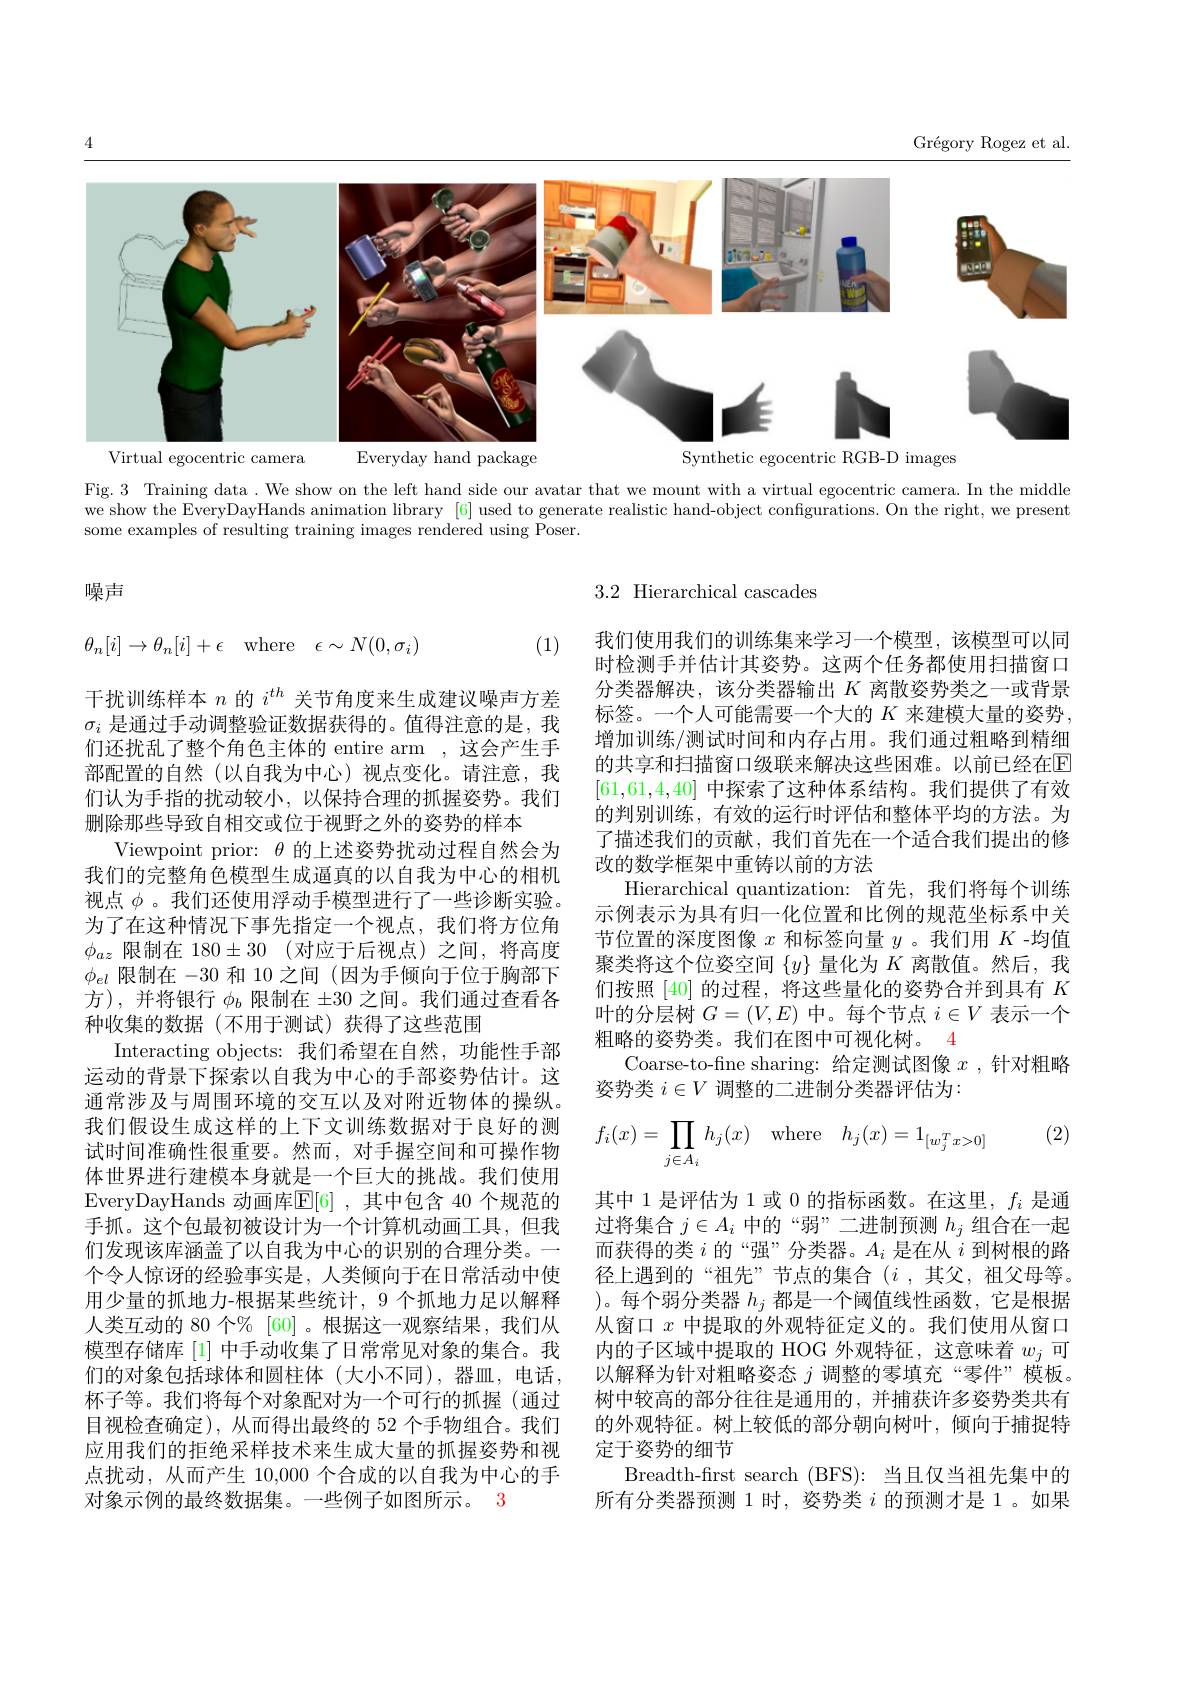
Grégory Rogez et al.

<FigureHere>
camera

Fig. 3 Training data . We show on the left hand side our avatar that we mount with a virtual egocentric camera. In the middle we show the EveryDayHands animation library [6] used to generate realistic hand-object configurations. On the right, we present some examples of resulting training images rendered using Poser.

噪声

3.2 Hierarchical cascades
$$\theta_n[i]\to\theta_n[i]+\epsilon\quad\mathrm{where}\quad\epsilon\sim N(0,\sigma_i)$$
(1)

我们使用我们的训练集来学习一个模型，该模型可以同时检测手并估计其姿势。这两个任务都使用扫描窗口分类器解决，该分类器输出$K$离散姿势类之一或背景标签。一个人可能需要一个大的$K$来建模大量的姿势， 增加训练/测试时间和内存占用。我们通过粗略到精细的共享和扫描窗口级联来解决这些困难。以前已经在$\mathbb{E}$ [61,61,4,40]中探索了这种体系结构。我们提供了有效的判别训练，有效的运行时评估和整体平均的方法。为了描述我们的贡献，我们首先在一个适合我们提出的修改的数学框架中重铸以前的方法
Hierarchical quantization: 首先，我们将每个训练示例表示为具有归一化位置和比例的规范坐标系中关节位置的深度图像$x$和标签向量$y$ 。我们用$K$ -均值聚类将这个位姿空间$\{y\}$量化为$K$离散值。然后，我们按照[40]的过程，将这些量化的姿势合并到具有$K$ 叶的分层树$G=(V,E)$中。每个节点$i\in V$表示一个粗略的姿势类。我们在图中可视化树。4
Coarse-to-fine sharing: 给定测试图像$x$ ,针对粗略
姿势类$i\in V$调整的二进制分类器评估为：
(2)
$$f_i(x)=\prod\limits_{j\in A_i}h_j(x)\quad\text{where}\quad h_j(x)=1_{[w_j^Tx>0]}$$
其中 1 是评估为 1 或 0 的指标函数。在这里，$f_i$是通过将集合$j\in A_i$中的“弱”二进制预测$h_j$组合在一起而获得的类$i$的“强”分类器。$A_i$是在从$i$到树根的路径上遇到的“祖先”节点的集合($i$ ,其父，祖父母等。)。每个弱分类器$h_j$都是一个阈值线性函数，它是根据从窗口$x$中提取的外观特征定义的。我们使用从窗口内的子区域中提取的 HOG 外观特征，这意味着$w_j$可以解释为针对粗略姿态$j$调整的零填充“零件”模板。树中较高的部分往往是通用的，并捕获许多姿势类共有的外观特征。树上较低的部分朝向树叶，倾向于捕捉特定于姿势的细节
Breadth-first search (BFS): 当且仅当祖先集中的所有分类器预测 1 时，姿势类$i$的预测才是 1。如果

干扰训练样本$n$的$i^{th}$关节角度来生成建议噪声方差$\sigma_i$是通过手动调整验证数据获得的。值得注意的是，我们还扰乱了整个角色主体的 entire arm ,这会产生手部配置的自然(以自我为中心)视点变化。请注意，我们认为手指的扰动较小，以保持合理的抓握姿势。我们删除那些导致自相交或位于视野之外的姿势的样本
Viewpoint prior: $\theta$的上述姿势扰动过程自然会为我们的完整角色模型生成逼真的以自我为中心的相机视点$\phi$。我们还使用浮动手模型进行了一些诊断实验。为了在这种情况下事先指定一个视点，我们将方位角$\phi_{az}$ 限制在 180$\pm 30$ (对应于后视点)之间，将高度$\phi_{el}$限制在-30和 10 之间(因为手倾向于位于胸部下方),并将银行$\phi_b$限制在$\pm30$之间。我们通过查看各种收集的数据(不用于测试)获得了这些范围
Interacting objects: 我们希望在自然，功能性手部运动的背景下探索以自我为中心的手部姿势估计。这通常涉及与周围环境的交互以及对附近物体的操纵。我们假设生成这样的上下文训练数据对于良好的测试时间准确性很重要。然而，对手握空间和可操作物体世界进行建模本身就是一个巨大的挑战。我们使用EveryDayHands 动画库$\mathbb{E}[6]$ ,其中包含 40 个规范的手抓。这个包最初被设计为一个计算机动画工具，但我们发现该库涵盖了以自我为中心的识别的合理分类。一个令人惊讶的经验事实是，人类倾向于在日常活动中使用少量的抓地力-根据某些统计，9 个抓地力足以解释人类互动的 80 个% [60] 。根据这一观察结果，我们从模型存储库[1]中手动收集了日常常见对象的集合。我们的对象包括球体和圆柱体(大小不同),器皿，电话， 杯子等。我们将每个对象配对为一个可行的抓握(通过目视检查确定),从而得出最终的 52 个手物组合。我们应用我们的拒绝采样技术来生成大量的抓握姿势和视点扰动，从而产生 10,000 个合成的以自我为中心的手对象示例的最终数据集。一些例子如图所示。3